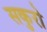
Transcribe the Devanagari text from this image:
सकुरो